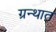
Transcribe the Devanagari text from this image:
ग्रन्थात